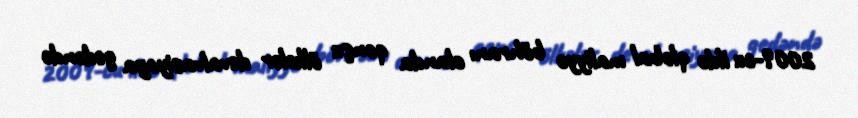
2009-cu ildə qlobal maliyyə böhranı olanda qonşu ölkələr devalvasiyaya gedəndə